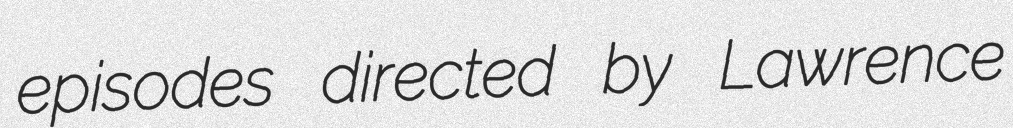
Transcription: episodes directed by Lawrence